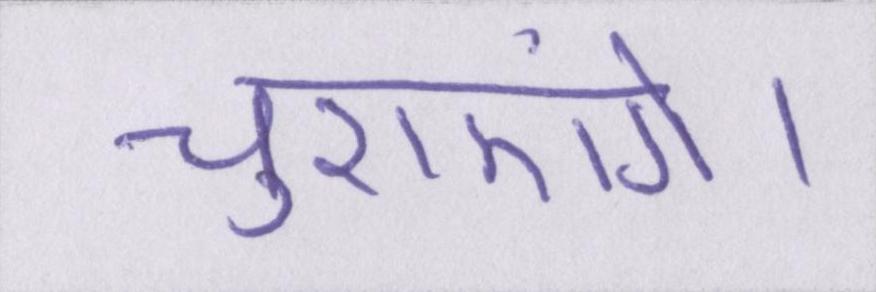
चुराएंगे।